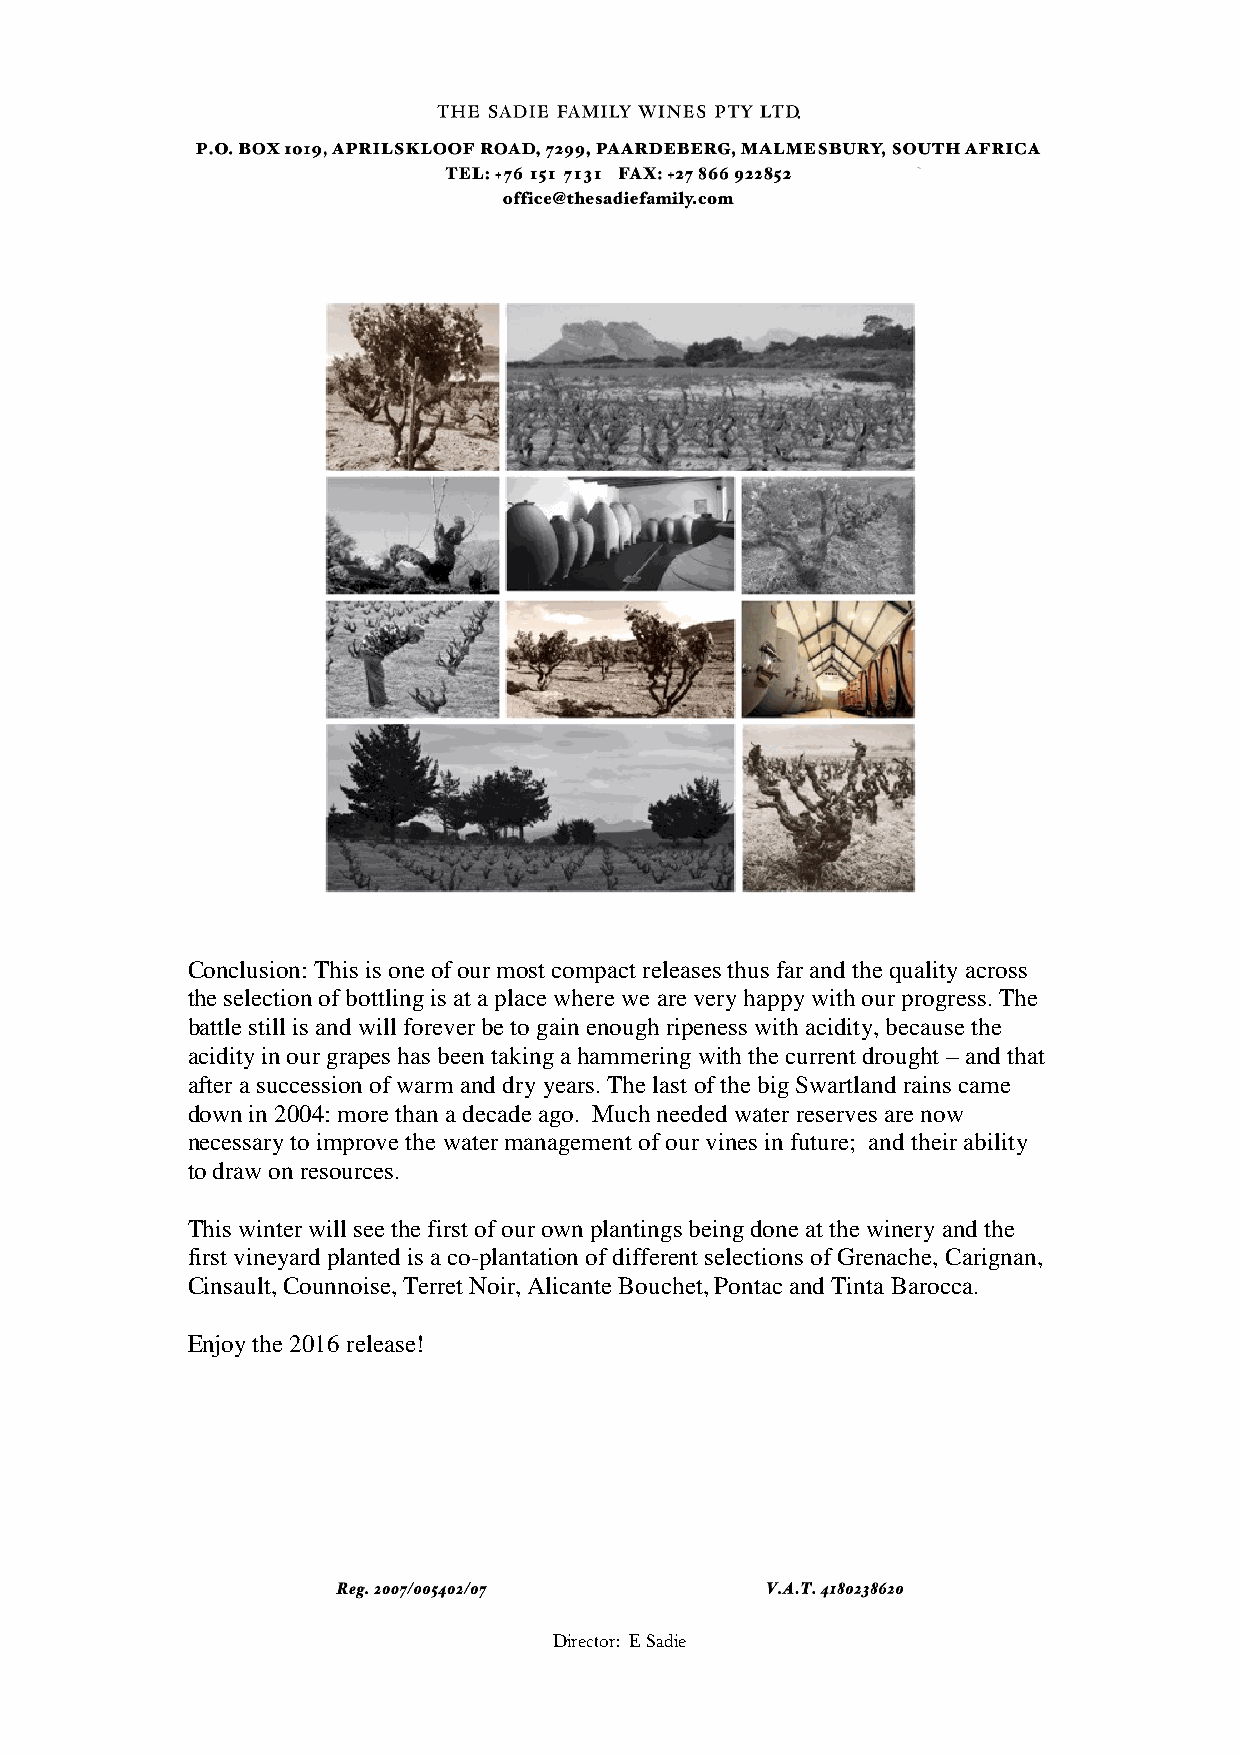
Conclusion: This is one of our most compact releases thus far and the quality across
 the selection of bottling is at a place where we are very happy with our progress. The
 battle still is and will forever be to gain enough ripeness with acidity, because the
 acidity in our grapes has been taking a hammering with the current drought – and that
 after a succession of warm and dry years. The last of the big Swartland rains came
 down in 2004: more than a decade ago. Much needed water reserves are now
 necessary to improve the water management of our vines in future; and their ability
 to draw on resources.
 This winter will see the first of our own plantings being done at the winery and the
 first vineyard planted is a co-plantation of different selections of Grenache, Carignan,
 Cinsault, Counnoise, Terret Noir, Alicante Bouchet, Pontac and Tinta Barocca.
 Enjoy the 2016 release!
 Director: E Sadie